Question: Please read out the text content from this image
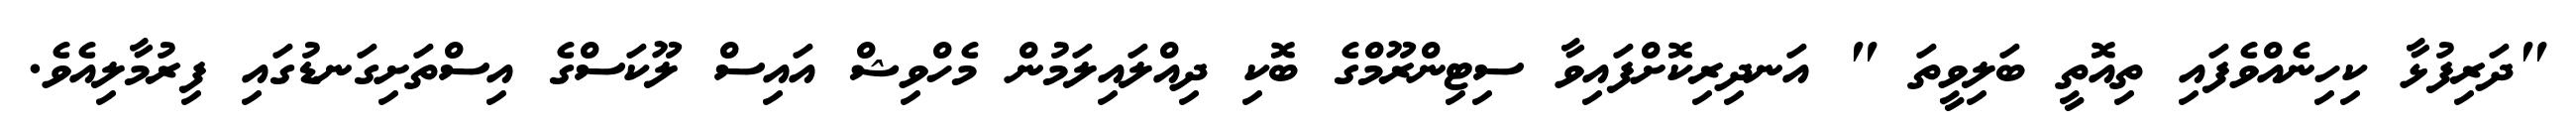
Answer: "ދަރިފުޅާ ކިހިނެއްވެފައި ތިއޮތީ ބަލިވީތަ " އަނދިރިކޮށްފައިވާ ސިޓިންރޫމްގެ ބޮކި ދިއްލައިލަމުން މެހްވިޝް އައިސް ލޫކަސްގެ އިސްތަށިގަނޑުގައި ފިރުމާލިއެވެ.